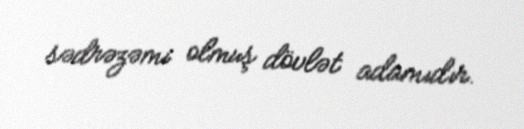
sədrəzəmi olmuş dövlət adamıdır.